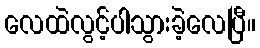
လေထဲလွင့်ပါသွားခဲ့လေပြီ။